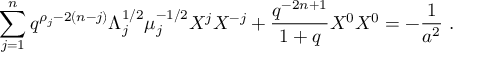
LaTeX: \sum _ { j = 1 } ^ { n } q ^ { \rho _ { j } - 2 ( n - j ) } \Lambda _ { j } ^ { 1 / 2 } \mu _ { j } ^ { - 1 / 2 } { \cal X } ^ { j } { \cal X } ^ { - j } + \frac { q ^ { - 2 n + 1 } } { 1 + q } { \cal X } ^ { 0 } { \cal X } ^ { 0 } = - \frac { 1 } { a ^ { 2 } } ~ .